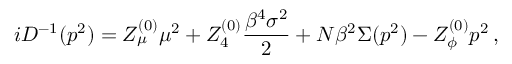
i { \cal D } ^ { - 1 } ( p ^ { 2 } ) = Z _ { \mu } ^ { ( 0 ) } \mu ^ { 2 } + Z _ { 4 } ^ { ( 0 ) } \frac { \beta ^ { 4 } \sigma ^ { 2 } } { 2 } + N \beta ^ { 2 } \Sigma ( p ^ { 2 } ) - Z _ { \phi } ^ { ( 0 ) } p ^ { 2 } \, ,